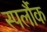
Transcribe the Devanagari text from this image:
स्पर्लौक